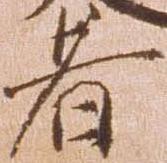
者